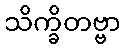
သိက္ခိတဗ္ဗာ